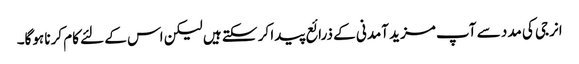
انرجی کی مدد سے آپ مزید آمدنی کے ذرائع پیدا کر سکتے ہیں لیکن اس کے لئے کام کرنا ہوگا۔